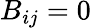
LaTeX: B_{ij}=0